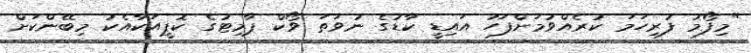
"މިފޯމު ފުރިހަމަ ކުރެއްވުމަށްފަހު އައިޑީ ކާޑުގެ ނުވަތަ ވޯކް ޕާމިޓުގެ ކޮޕީއަކާއެކު މިބޭންކަށް